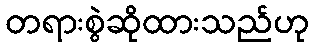
တရားစွဲဆိုထားသည်ဟု